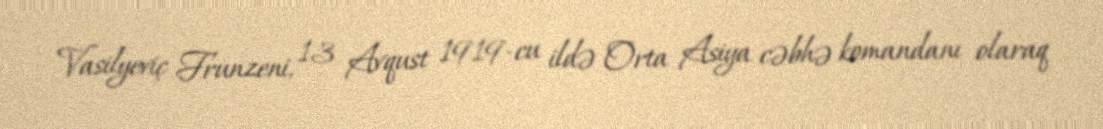
Vasilyeviç Frunzeni, 13 Avqust 1919-cu ildə Orta Asiya cəbhə komandanı olaraq